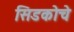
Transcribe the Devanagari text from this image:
सिडकोचे